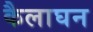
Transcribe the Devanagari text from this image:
कैलाघन